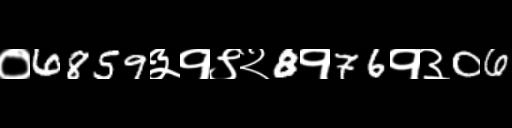
Text: ०6859३१९२8१76१३06